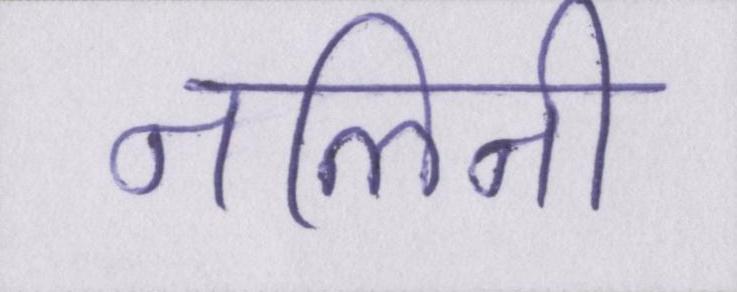
नलिनी